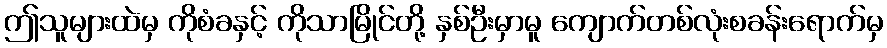
ဤသူများထဲမှ ကိုစံခနှင့် ကိုသာမြိုင်တို့ နှစ်ဦးမှာမူ ကျောက်တစ်လုံးစခန်းရောက်မှ